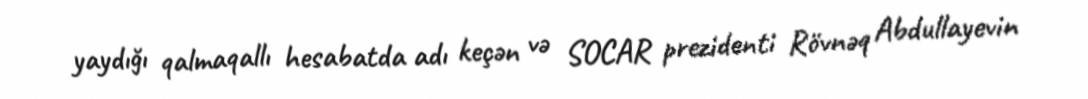
yaydığı qalmaqallı hesabatda adı keçən və SOCAR prezidenti Rövnəq Abdullayevin